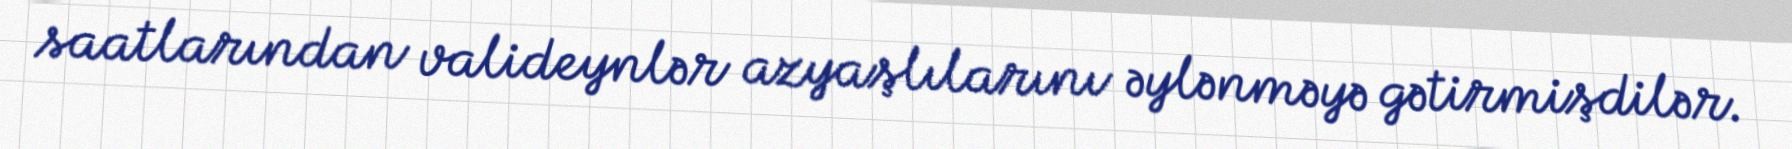
saatlarından valideynlər azyaşlılarını əylənməyə gətirmişdilər.